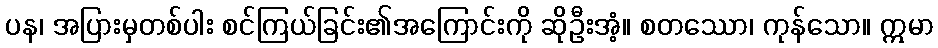
ပန၊ အပြားမှတစ်ပါး စင်ကြယ်ခြင်း၏အကြောင်းကို ဆိုဦးအံ့။ စတဿော၊ ကုန်သော။ ဣမာ